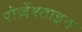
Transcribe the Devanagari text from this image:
रोज़ेंश्ताइन